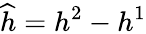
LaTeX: \widehat{h}=h^{2}-h^{1}